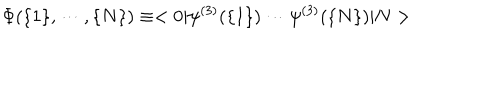
LaTeX: \Phi ( \{ 1 \} , \cdots , \{ N \} ) \equiv < 0 | \psi ^ { ( 3 ) } ( \{ 1 \} ) \cdots \psi ^ { ( 3 ) } ( \{ N \} ) | N >